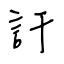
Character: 訐